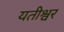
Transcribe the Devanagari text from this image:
यतीश्वर